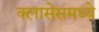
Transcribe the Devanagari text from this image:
क्लासेसमध्ये